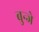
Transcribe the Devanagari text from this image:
बुन्जे